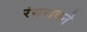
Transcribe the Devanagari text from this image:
रंगरावने